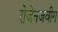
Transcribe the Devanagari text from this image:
रोजेनजवीग